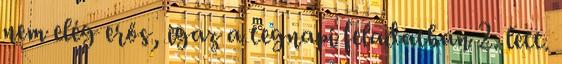
nem elég erős, igaz a tegnapi feladatban 2. lett.